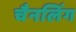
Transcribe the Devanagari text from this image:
चैनलिंग